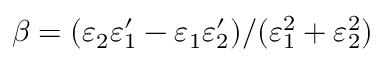
\beta = ( \varepsilon _ { 2 } \varepsilon _ { 1 } ^ { \prime } - \varepsilon _ { 1 } \varepsilon _ { 2 } ^ { \prime } ) / ( \varepsilon _ { 1 } ^ { 2 } + \varepsilon _ { 2 } ^ { 2 } )